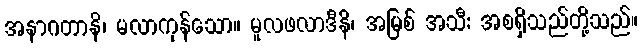
အနာဂတာနိ၊ မလာကုန်သော။ မူလဖလာဒီနိ၊ အမြစ် အသီး အစရှိသည်တို့သည်။